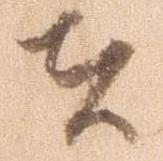
者